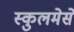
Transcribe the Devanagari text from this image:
स्कुलमेसे